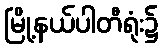
မြို့နယ်ပါတီရုံး၌